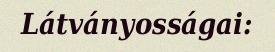
Látványosságai: